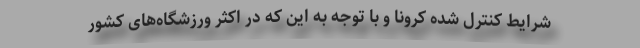
شرایط کنترل شده کرونا و با توجه به این که در اکثر ورزشگاه‌های کشور